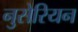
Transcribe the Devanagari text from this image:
नुसेरियन